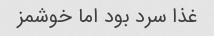
غذا سرد بود اما خوشمز